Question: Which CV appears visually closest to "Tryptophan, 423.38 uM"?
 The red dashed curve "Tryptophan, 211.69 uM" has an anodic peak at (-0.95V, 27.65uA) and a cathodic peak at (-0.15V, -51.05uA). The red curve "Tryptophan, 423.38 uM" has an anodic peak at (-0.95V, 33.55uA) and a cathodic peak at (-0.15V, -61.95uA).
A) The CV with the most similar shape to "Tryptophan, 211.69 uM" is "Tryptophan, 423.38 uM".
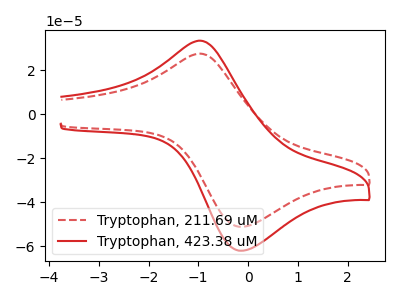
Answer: <think>All the peaks in "Tryptophan, 211.69 uM" have a peak in "Tryptophan, 423.38 uM" at the same potential. Every peak in "Tryptophan, 211.69 uM" is lower than every peak in "Tryptophan, 423.38 uM".
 </think>
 <answer>A) The CV with the most similar shape to "Tryptophan, 211.69 uM" is "Tryptophan, 423.38 uM".</answer>
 <eval>A</eval>